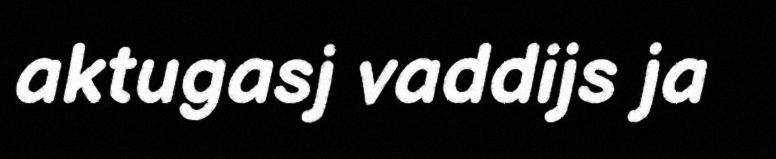
aktugasj vaddijs ja